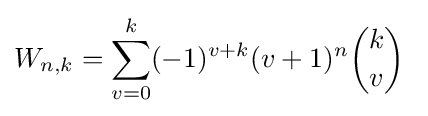
W_{n,k}=\sum _{v=0}^{k}(-1)^{v+k}(v+1)^{n}{k \choose v}\